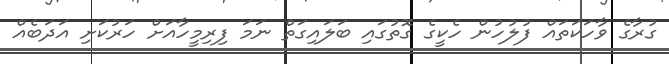
ގުރާގެ ވާހަކަތައް ފުލުހުން ހެކީގެ ގޮތުގައި ބަލައިގަތް ނަމަ ފިރިމީހާއަށް ހަރުކަށި އަދަބެއް